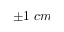
\pm 1 \; c m